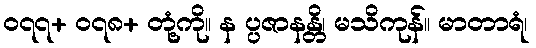
၀၇၇+ ၀၇၈+ တုံ့ကို။ န ပ္ပဇာနန္တိ၊ မသိကုန်။ မာတာရံ၊